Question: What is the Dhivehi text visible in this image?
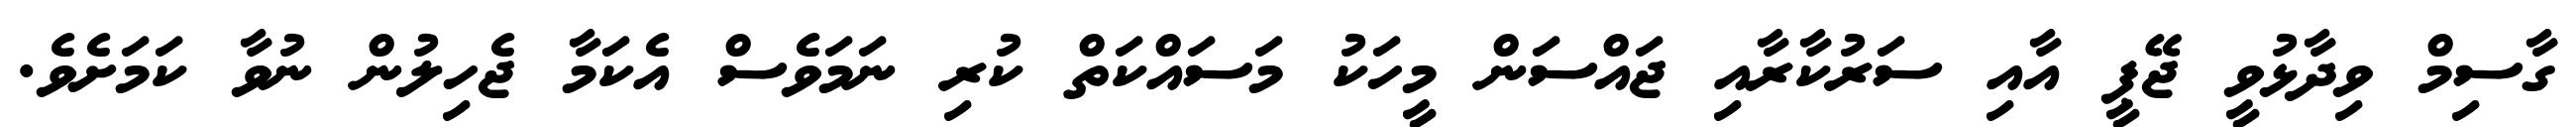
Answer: ގާސިމް ވިދާޅުވީ ޖޭޕީ އާއި ސަރުކާރާއި ޖައްސަން މީހަކު މަސައްކަތް ކުރި ނަމަވެސް އެކަމާ ޖެހިލުން ނުވާ ކަމަށެވެ.